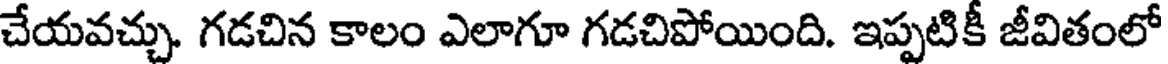
చేయవచ్చు. గడచిన కాలం ఎలాగూ గడచిపోయింది. ఇప్పటికీ జీవితంలో